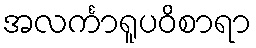
အလင်္ကာရူပဝိစာရာ